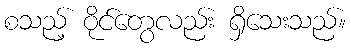
စသည့် ဝိုင်တွေလည်း ရှိသေးသည်။